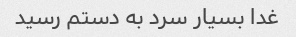
غدا بسیار سرد به دستم رسید